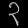
Digit: ၃